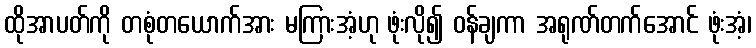
ထိုအာပတ်ကို တစုံတယောက်အား မကြားအံ့ဟု ဖုံးလို၍ ဝန်ချကာ အရုဏ်တက်အောင် ဖုံးအံ့၊